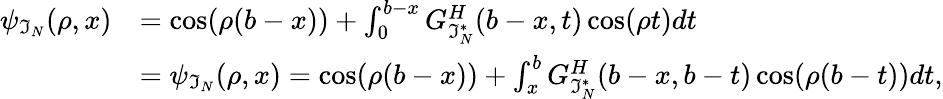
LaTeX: \begin{array}{rl}{\psi_{\mathfrak{I}_{N}}(\rho,x)}&{=\cos(\rho(b-x))+\int_{0}^{b-x}G_{\mathfrak{I}_{N}^{*}}^{H}(b-x,t)\cos(\rho t)dt}\\ &{=\psi_{\mathfrak{I}_{N}}(\rho,x)=\cos(\rho(b-x))+\int_{x}^{b}G_{\mathfrak{I}_{N}^{*}}^{H}(b-x,b-t)\cos(\rho(b-t))dt,}\end{array}